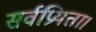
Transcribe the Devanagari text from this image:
सर्वप्रियता।